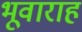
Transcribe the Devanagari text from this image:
भूवाराह